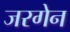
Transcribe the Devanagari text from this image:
जरगेन